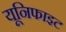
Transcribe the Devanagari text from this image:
यूनिफाइट